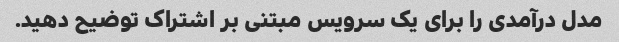
مدل درآمدی را برای یک سرویس مبتنی بر اشتراک توضیح دهید.